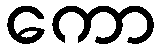
ကော